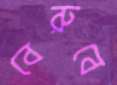
বেরুবে